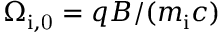
\Omega _ { \mathrm { i , 0 } } = q B / ( m _ { \mathrm { i } } c )